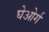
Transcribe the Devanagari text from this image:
घेओर्ग